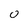
Character: 0